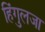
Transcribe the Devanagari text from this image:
हिंगुलजा